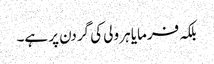
بلکہ فرمایا ہر ولی کی گردن پر ہے۔